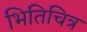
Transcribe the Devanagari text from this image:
भितिचित्र